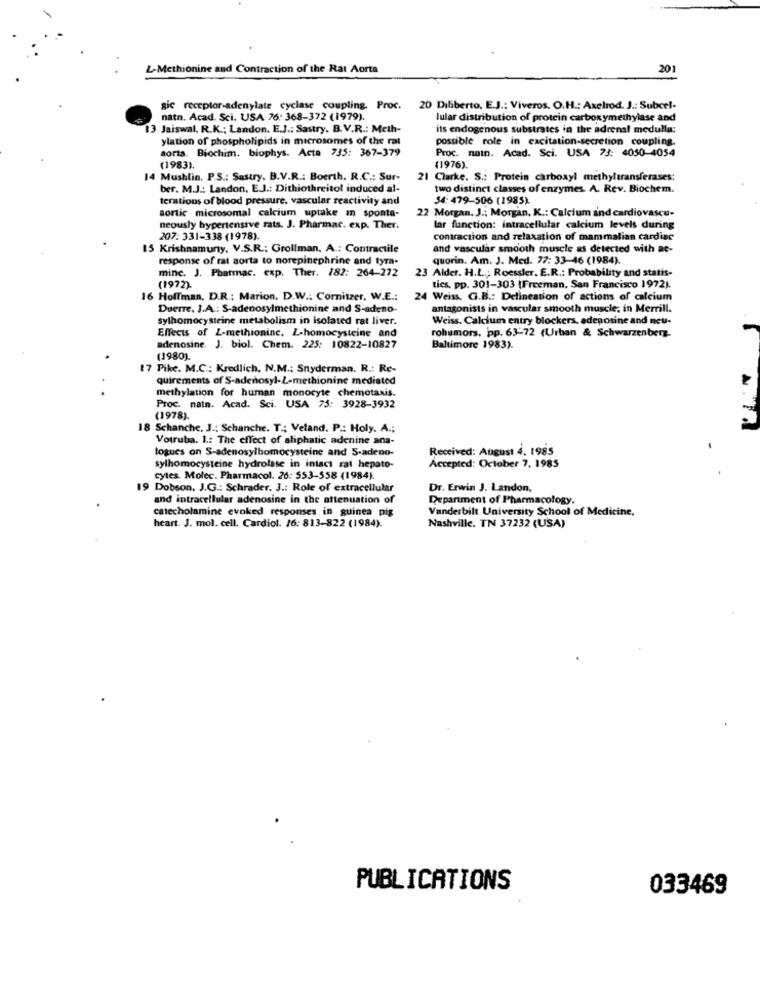
L-Methionine and Contraction of the Rat Aorta
201
gic receptor-adenylate cyclase coupling. Proc.
20 Diliberto, E.J .: Viveros. O.H .: Axelrod. J .: Subcel-
natn. Acad Sci. USA 76: 368-372 (1979).
lular distribution of protein carboxymethylase and
13 Jaiswal. R.K .; Landon. E.J .: Sastry. B. V.R .: Meth-
its endogenous substrates in the adrenal medulla:
ylation of phospholipids in microsomes of the rat
possible role in excitation-secretion coupling.
aorta. Biochim. biophys. Acta 735: 367-379
Proc. nain. Acad. Sci. USA 73: 4050-4054
(1983).
(1976).
14 Mushlin. P.S .: Sastry. B.V.R .: Boerth. R.C .: Sur-
21 Clarke. S .: Protein carboxyl methyltransferases:
ber. M.J .: Landon, E.J .: Dithiothreitol induced al-
two distinct classes of enzymes. A. Rev. Biochem.
terations of blood pressure, vascular reactivity and
34: 479-506 (1985)
aortic microsomal calcium uptake an sponta-
22 Morgan. J .; Morgan, K .: Calcium and cardiovascu-
neously hypertensive rats. J. Pharmac. exp. Ther.
lar function: intracellular calcium levels during
207: 331-338 (1978).
contraction and relaxation of mammalian cardiac
15 Krishnamury. V.S.R .: Grollman, A .: Contractile
and vascular smooth muscle as detected with ac-
response of rat aorta to norepinephrine and tyra-
quorin. Am. J. Med. 77: 33-46 (1984).
minc. J. Pharmac. exp. Ther. 182: 264-272
23 Alder. H.L .; Roessler. E.R .: Probability and statis-
(1972).
tics, pp. 301-303 (Freeman. San Francisco 1972).
16 Hoffman, D.R .: Marion. D.W .: Cornitzer. W.E .:
24 Weiss, G.B .: Delineation of actions of calcium
Duerre, J.A .: S-adenosylmethionine and S-adeno-
antagonists in vascular smooth muscle; in Merrill.
sylhomocysteine metabolism in isolated rat liver.
Weiss. Calcium entry blockers, adenosine and neu-
Effects of L-methioninc. L-homocysteine and
rohumors, pp. 63-72 (Urban & Schwarzenberg.
adenosine. J. biol. Chem. 225: 10822-10827
Baltimore 1983).
(1980).
17 Pike. M.C .; Kredlich, N.M .; Snyderman. R .: Re-
quirements of S-adenosyl-L-methionine mediated
methylation for human monocyte chemotaxis.
Proc. natn. Acad. Sci. USA 75: 3928-3932
(1978).
18 Schanche, J .: Schanche. T .; Veland. P .: Holy. A .;
Votruba. 1 .: The effect of aliphatic adenine ana-
logues on S-adenosylhomocysteine and S-adeno-
Received: August 4. 1985
Accepted: October 7, 1985
sylhomocysteine hydrolase in intact rat hepato-
cytes. Molec. Pharmacol. 26: 553-558 (1984).
19 Dobson. J.G .: Schrader. 3 .: Role of extracellular
Dr. Erwin J. Landon,
and intracellular adenosine in the attenuation of
Department of Pharmacology.
catecholamine evoked responses in guinea pig
Vanderbilt University School of Medicine.
Nashville. TN 37232 (USA)
heart. 3. mol. cell. Cardiol. 16: 813-822 (1984).
PUBLICATIONS
033469